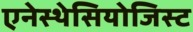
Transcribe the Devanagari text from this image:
एनेस्थेसियोजिस्ट